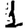
Digit: 1